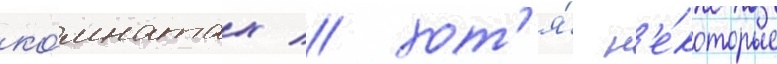
ко́мнатах / хот'я́ н'е́которые